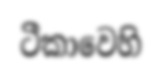
ටීකාවෙහි